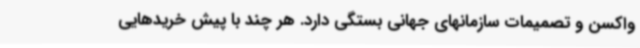
واکسن و تصمیمات سازمانهای جهانی بستگی دارد. هر چند با پیش خریدهایی